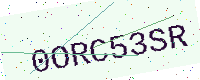
Text: 0ORC53SR